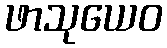
ဖာသုယေဝ